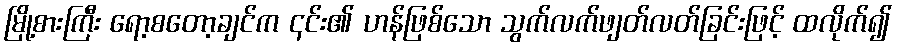
မြို့စားကြီး ရော့စတော့ချင်က ၎င်း၏ ဟန်ဖြစ်သော သွက်လက်ဖျတ်လတ်ခြင်းဖြင့် ထလိုက်၍